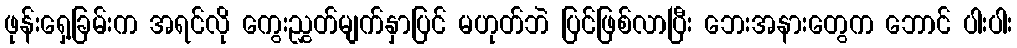
ဖုန်းရှေ့ခြမ်းက အရင်လို ကွေးညွှတ်မျက်နှာပြင် မဟုတ်ဘဲ ပြင်ဖြစ်လာပြီး ဘေးအနားတွေက ဘောင် ပါးပါး